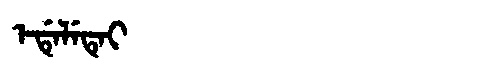
Manchu: ᡝᡩᡝᠯᡝᡨᡝᡳ
Romanization: EDELETEI